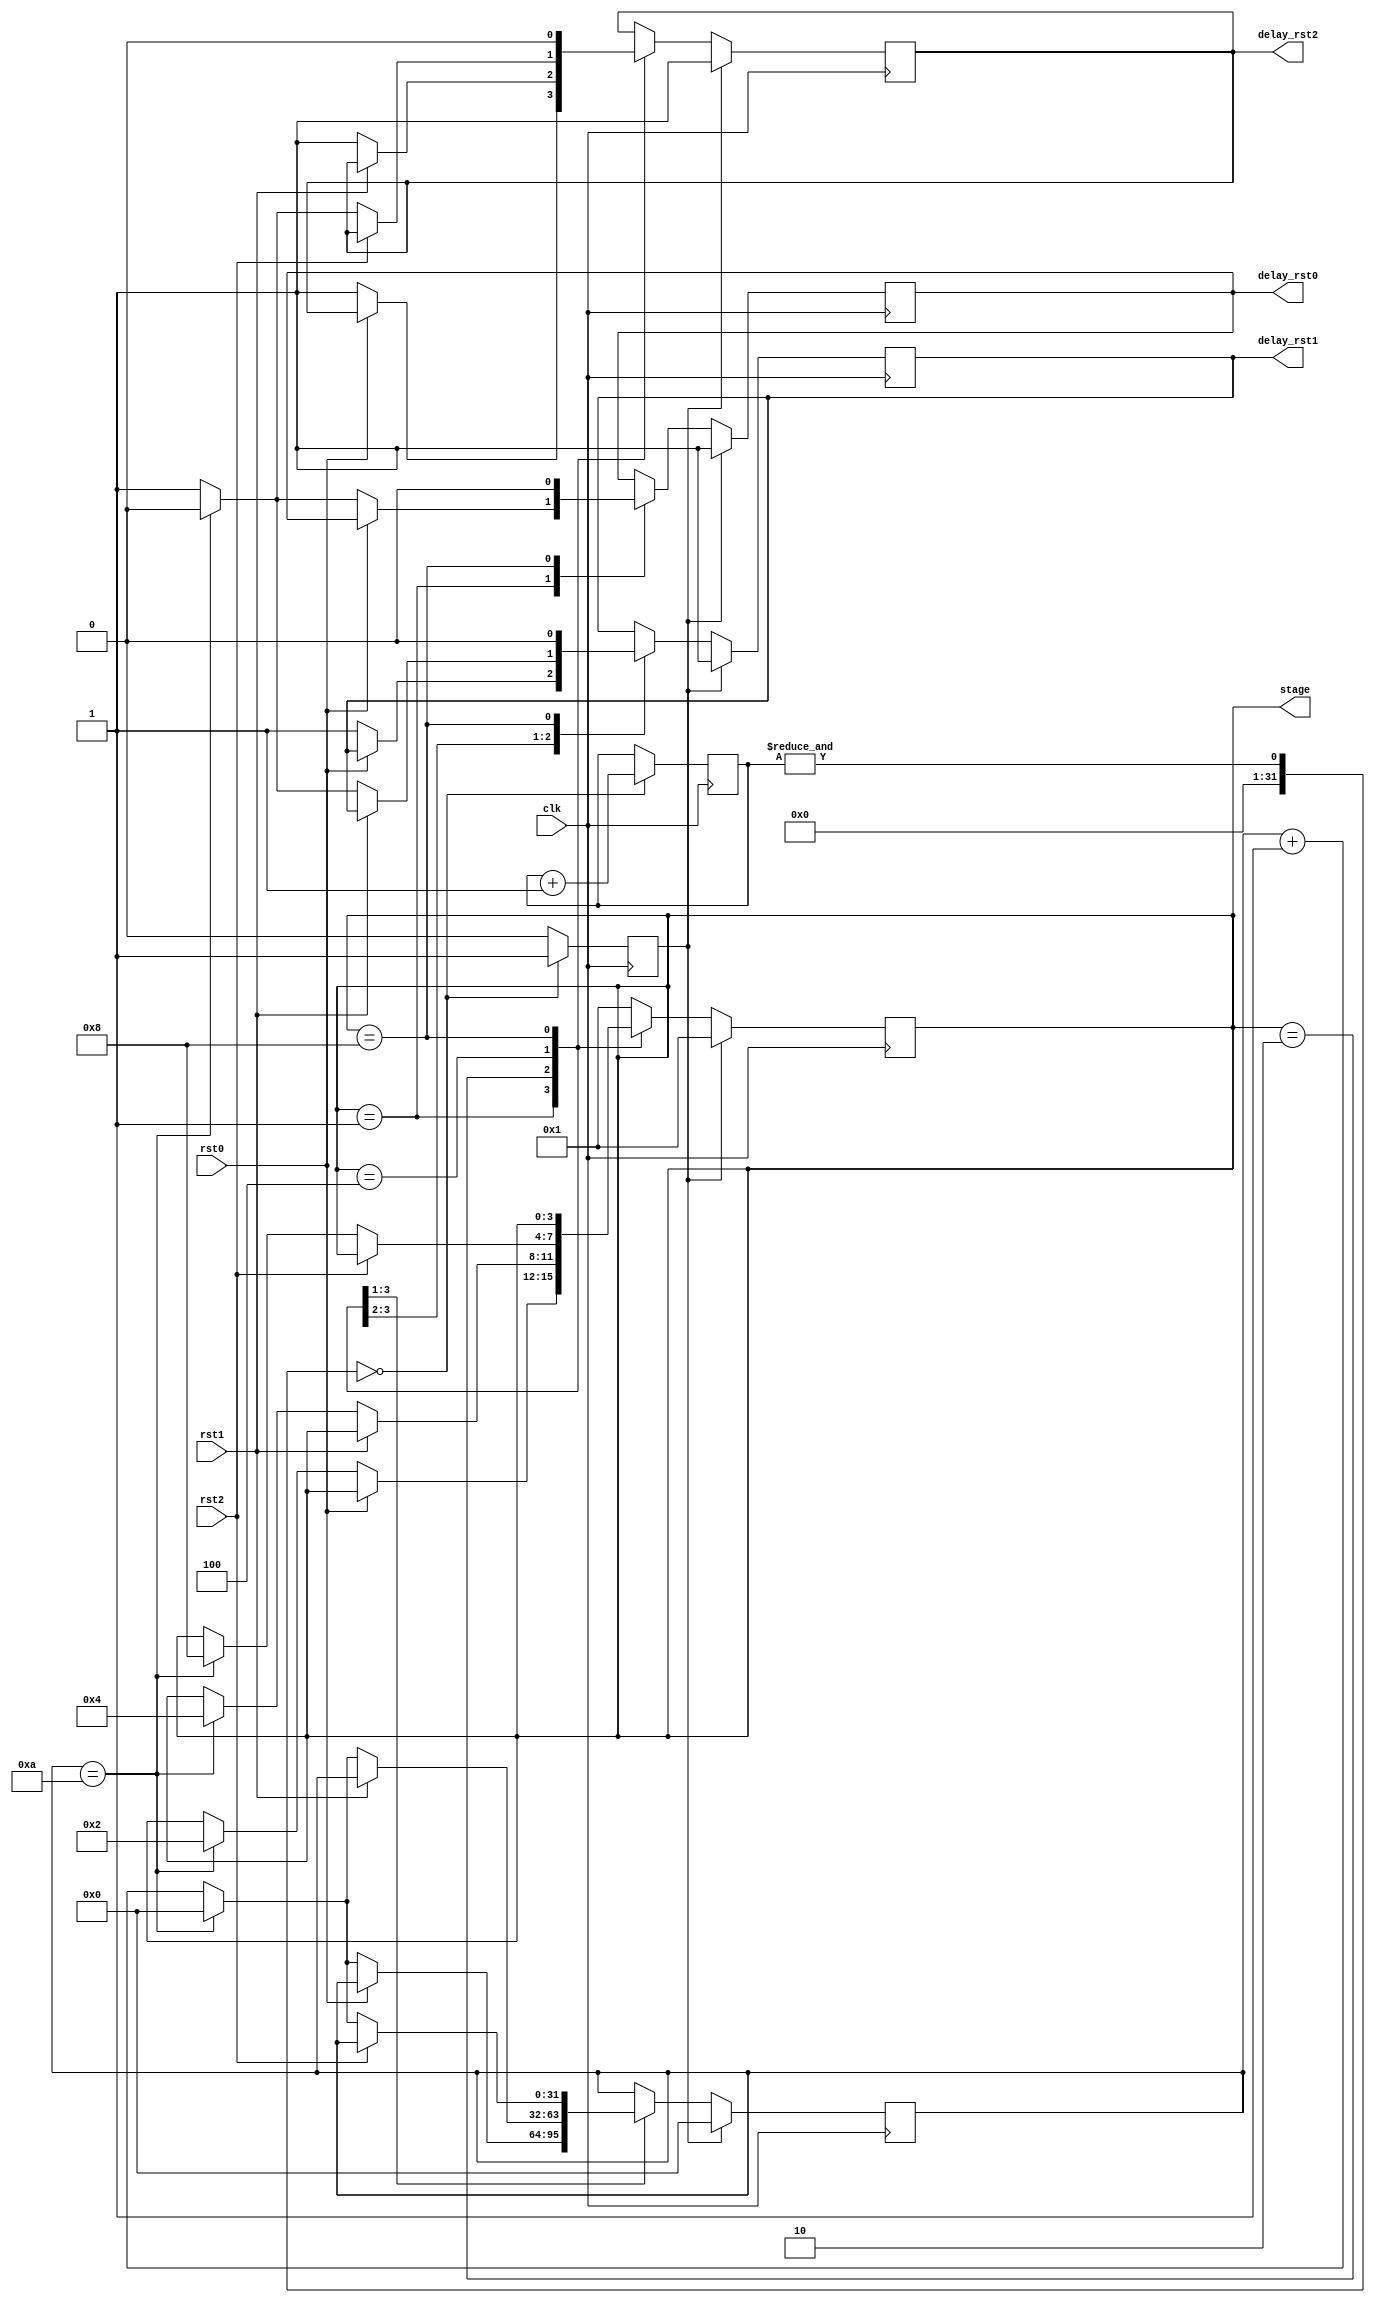
/*
*
*
* Copyright (C) Digisky Media Solutions Inc.  All rights reserved.
*
* Permission is hereby granted, free of charge, to any person
* obtaining a copy of this software and associated documentation
* files (the "Software"), to deal in the Software without restriction,
* including without limitation the rights to use, copy, modify, merge,
* publish, distribute, sublicense, and/or sell copies of the Software,
* and to permit persons to whom the Software is furnished to do so,
* subject to the following conditions:
*
* The above copyright notice and this permission notice shall be included
* in all copies or substantial portions of the Software.
*
* Use of the Software is limited solely to applications:
* (a) running on a Xilinx device, or (b) that interact
* with a Xilinx device through a bus or interconnect.
*
* THE SOFTWARE IS PROVIDED "AS IS", WITHOUT WARRANTY OF ANY KIND, EXPRESS OR
* IMPLIED, INCLUDING BUT NOT LIMITED TO THE WARRANTIES OF MERCHANTABILITY,
* FITNESS FOR A PARTICULAR PURPOSE AND NONINFRINGEMENT.
* IN NO EVENT SHALL DIGISKY MSI BE LIABLE FOR ANY CLAIM, DAMAGES OR OTHER LIABILITY,
* WHETHER IN AN ACTION OF CONTRACT, TORT OR OTHERWISE, ARISING FROM, OUT OF OR IN
* CONNECTION WITH THE SOFTWARE OR THE USE OR OTHER DEALINGS IN THE SOFTWARE.
*
*
* Modified for SHA256 HLS demo test 2023/08/17
*/
module reset_tree #(
  parameter DELAY0 = 10,
  parameter DELAY1 = 10,
  parameter DELAY2 = 10)
(
  input clk,
  
  input rst0,
  input rst1,
  input rst2,
  
  output reg delay_rst0,
  output reg delay_rst1,
  output reg delay_rst2,
  
  output [3:0] stage
);

  reg [31:0] rst_cnt = 32'b0;
  reg [3:0]  wd_rst_cnt = 4'b0;
  reg        wd_rst;
  reg [3:0]  rst_stage;
  
  always @ (posedge clk) begin
    if (&wd_rst_cnt == 0) begin
      wd_rst_cnt <= wd_rst_cnt + 1;
      wd_rst <= 1'b1;
      end
    else
      wd_rst <= 1'b0;
    end
  
  
  always @ (posedge clk) begin
  if (wd_rst) begin
    rst_stage <= 4'b0001;
    delay_rst0 <= 1'b1;
    delay_rst1 <= 1'b1;
    delay_rst2 <= 1'b1;
    rst_cnt <= 32'b0;
    end
  else begin
    case (rst_stage)
      4'b0001 : begin
        if (!rst0) begin
          rst_cnt <= rst_cnt + 1;
          delay_rst0 <= 1'b1;
          delay_rst1 <= 1'b1;
          delay_rst2 <= 1'b1;
          if (rst_cnt == DELAY0) begin
            delay_rst0 <= 1'b0;
            rst_cnt <= 32'b0;
            rst_stage <= 4'b0010;
            end
          end
        end
        
      4'b0010 : begin
        if (!rst1) begin
          rst_cnt <= rst_cnt + 1;
          delay_rst1 <= 1'b1;
          delay_rst2 <= 1'b1;
          if (rst_cnt == DELAY1) begin
            delay_rst1 <= 1'b0;
            rst_cnt <= 32'b0;
            rst_stage <= 4'b0100;
            end
          end
        end
      
      4'b0100 : begin
        if (!rst2) begin
          rst_cnt <= rst_cnt + 1;
          delay_rst2 <= 1'b1;
          if (rst_cnt == DELAY2) begin
            delay_rst2 <= 1'b0;
            rst_cnt <= 32'b0;
            rst_stage <= 4'b1000;
            end
          end
        end
        
      4'b1000 : begin
        delay_rst0 <= 1'b0;
        delay_rst1 <= 1'b0;
        delay_rst2 <= 1'b0;
        end
        
      default : rst_stage <= 4'b0001;
      
      endcase
    end
  end
        
  assign stage = rst_stage;

endmodule